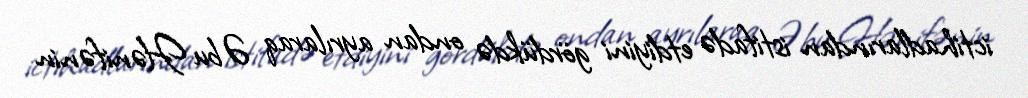
ictihadlarından istifadə etdiyini gördükdə ondan ayrılaraq Əbu Hənifənin